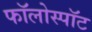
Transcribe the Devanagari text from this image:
फॉलोस्पॉट